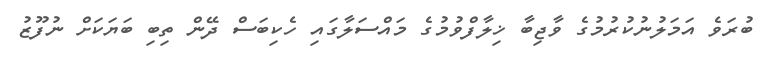
ބުރަވެ އަމަލުނުކުރުމުގެ ވާޖިބާ ޚިލާފްވުމުގެ މައްސަލާގައި ހެކިބަސް ދޭން ތިބި ބަޔަކަށް ނުފޫޒު